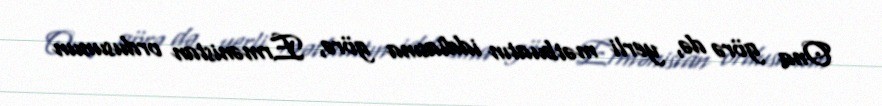
Ona görə də, yerli mətbuatın iddiasına görə, Ermənistan ordusunun